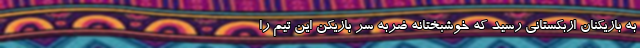
به بازیکنان ازبکستانی رسید که خوشبختانه ضربه سر بازیکن این تیم را